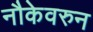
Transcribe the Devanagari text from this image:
नौकेवरुन